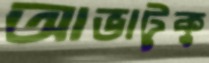
আভাটুকু